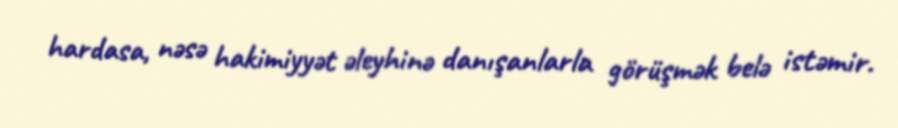
hardasa, nəsə hakimiyyət əleyhinə danışanlarla görüşmək belə istəmir.